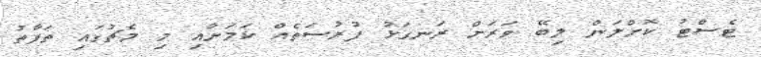
ޓެސްޓު ކޮށްލަން ލިބޭ ވަރަށް ރަނގަޅު ފުރުސަތެއް ކަމަށާއި މި މެޗުގައި ތަފާތު